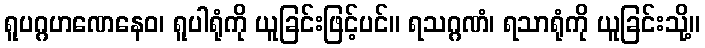
ရူပဂ္ဂဟဏေနေဝ၊ ရူပါရုံကို ယူခြင်းဖြင့်ပင်။ ရသဂ္ဂဏံ၊ ရသာရုံကို ယူခြင်းသို့။